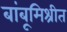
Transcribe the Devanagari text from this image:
बांबूमिश्रीत